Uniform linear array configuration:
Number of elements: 48
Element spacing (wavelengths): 1
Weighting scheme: exponential
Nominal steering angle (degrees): -45
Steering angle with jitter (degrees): -44.765
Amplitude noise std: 0.05
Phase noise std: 0.05

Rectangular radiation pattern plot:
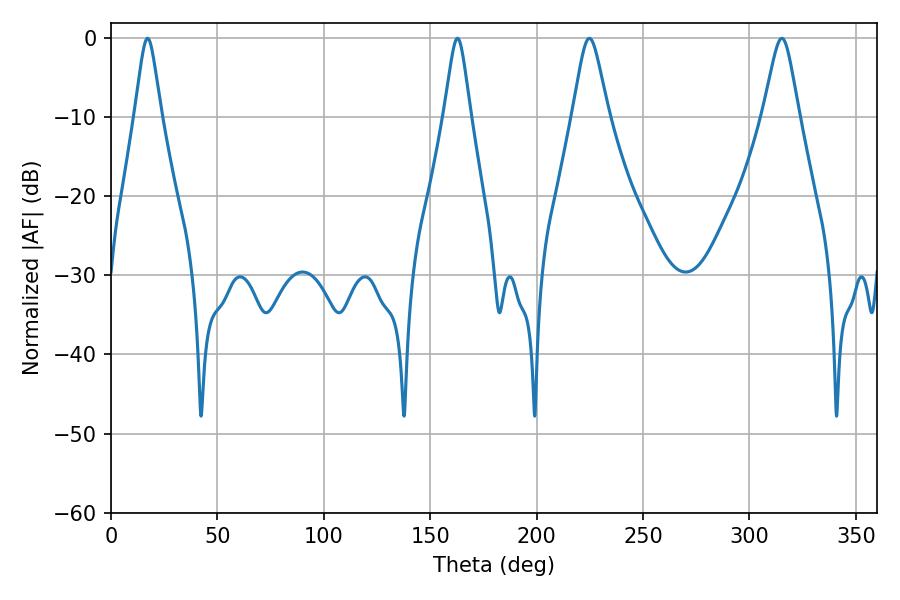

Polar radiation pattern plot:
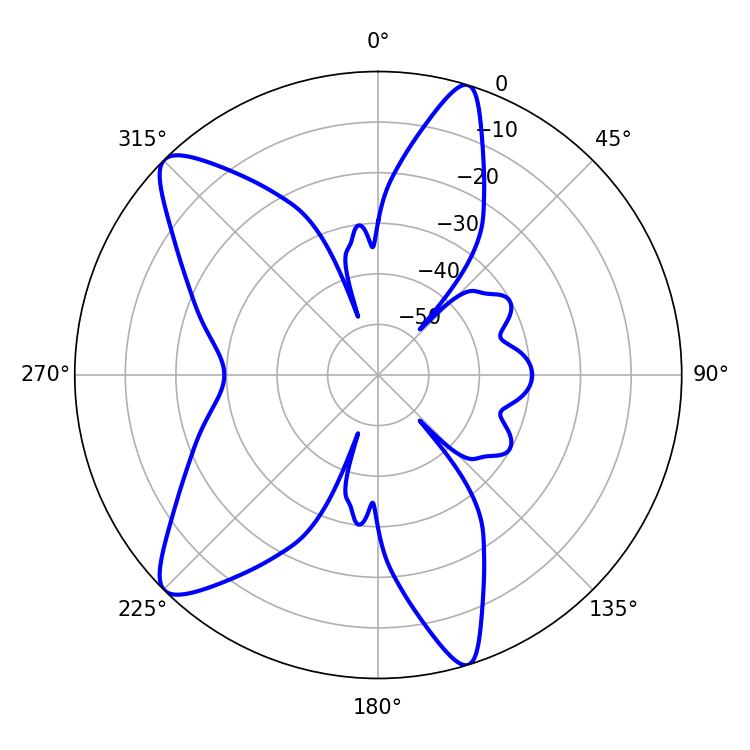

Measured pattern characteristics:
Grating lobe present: TRUE
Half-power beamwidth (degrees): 8.1
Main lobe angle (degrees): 315.18